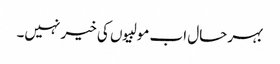
بہرحال اب مولبیوں کی خیر نہیں۔